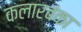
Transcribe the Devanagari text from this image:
कलारबंका